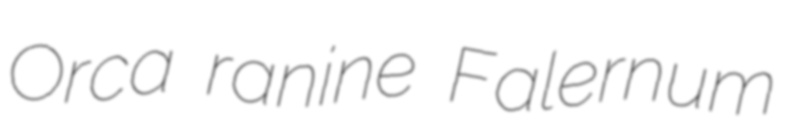
Orca ranine Falernum